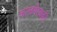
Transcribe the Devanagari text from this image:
कालभैरवकी